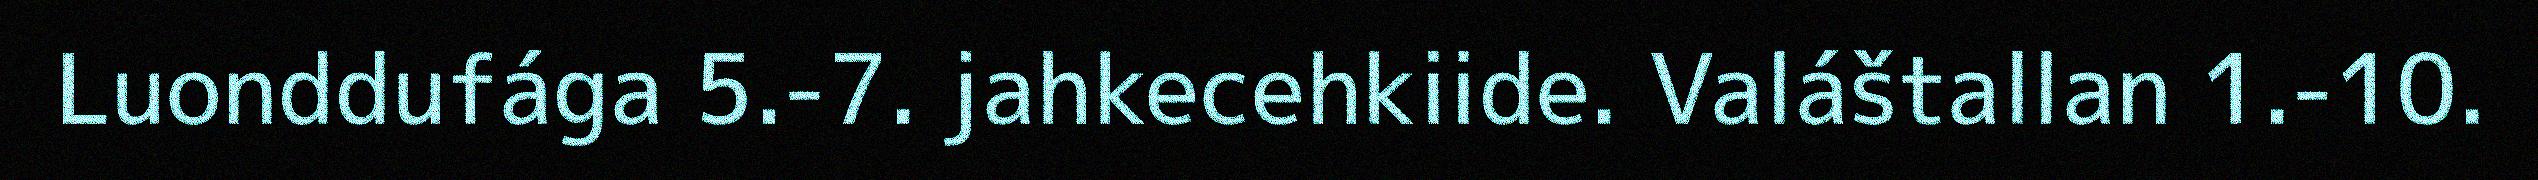
Luonddufága 5.-7. jahkecehkiide. Valáštallan 1.-10.